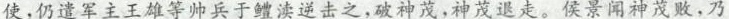
使，仍遣军主王雄等帅兵于鳢渎逆击之，破神茂，神茂退走。侯景闻神茂败，乃